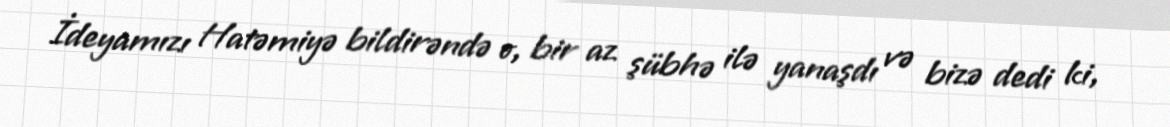
İdeyamızı Hatəmiyə bildirəndə o, bir az şübhə ilə yanaşdı və bizə dedi ki,